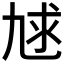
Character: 𰁇